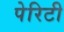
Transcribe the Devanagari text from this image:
पेरिटी